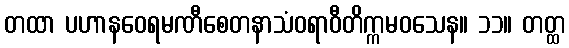
တထာ ပဟာနဝေရမဏီစေတနာသံဝရာဝီတိက္ကမဝသေန။ ၁၁။ တတ္ထ